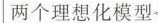
两个理想化模型